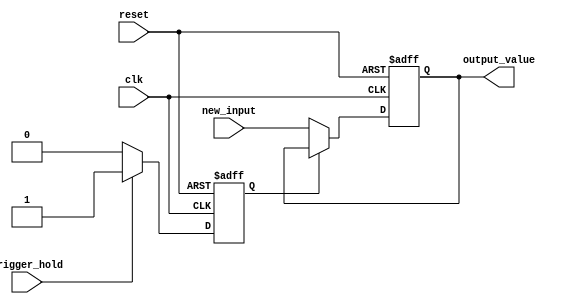
module HoldCondition (
    input wire clk,                // Clock signal
    input wire reset,              // Asynchronous reset signal
    input wire trigger_hold,       // Input signal to trigger hold condition
    input wire [7:0] new_input,    // New input value to be held
    output reg [7:0] output_value   // Output value held stable
);

    // State variable to indicate hold condition
    reg hold_state;

    // Sequential logic for state management and output behavior
    always @(posedge clk or posedge reset) begin
        if (reset) begin
            // Reset state and output value
            hold_state <= 1'b0;
            output_value <= 8'b0;
        end else begin
            if (trigger_hold) begin
                // Activate hold condition
                hold_state <= 1'b1;
            end else begin
                // Release hold condition
                hold_state <= 1'b0;
            end

            // Output behavior based on hold state
            if (hold_state) begin
                // Maintain last valid output value
                output_value <= output_value; // Hold the value
            end else begin
                // Update output with new input value
                output_value <= new_input;
            end
        end
    end

endmodule